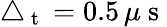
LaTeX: \triangle_{\mathrm{~t~}}=0.5\, \mu\mathrm{~s~}